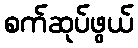
စက်ဆုပ်ဖွယ်